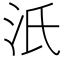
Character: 汦